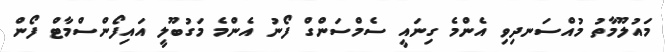
މައުލޫމާތު މުއްސަނދިވި އެންމެ ގިނައީ ސެމްސަންގް ފޯނު އެންމެ މަގުބޫލީ އައިފޯންސްމާޓް ފޯން